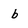
Character: b